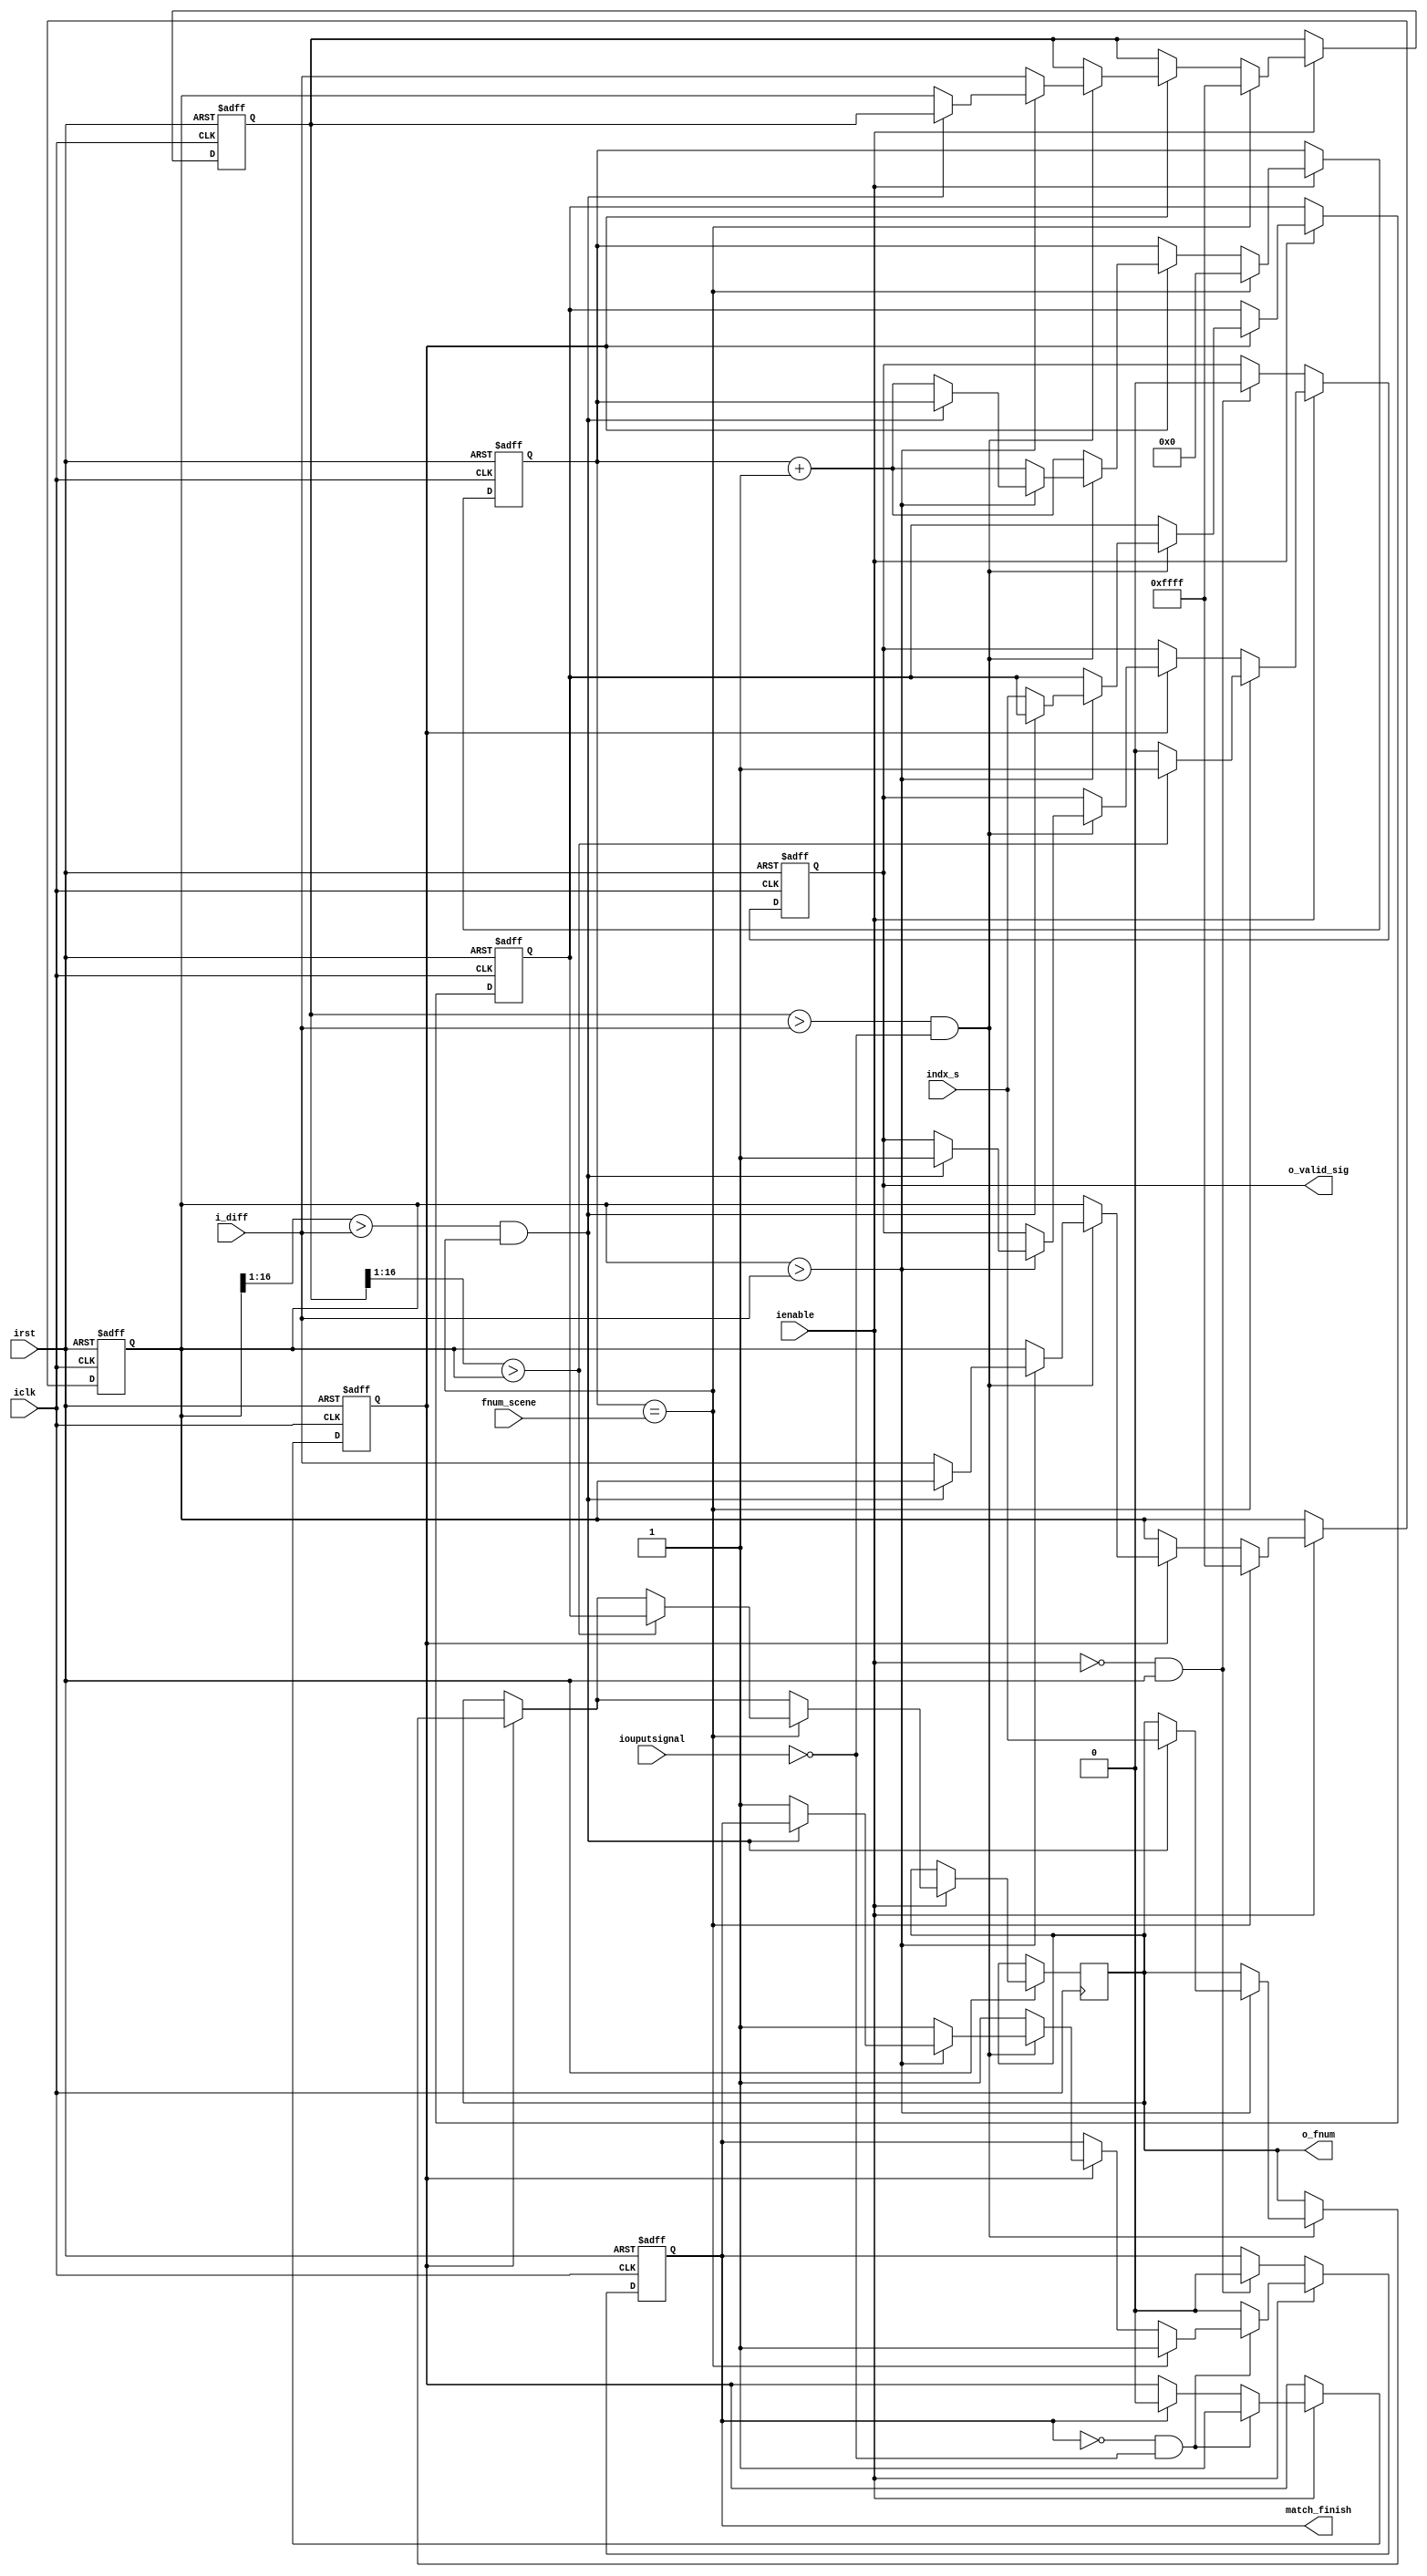
module Compare (
	input 				iclk,
	input 				irst,
	input					ienable,
	input					iouputsignal,
	input   	[16:0] i_diff,
	input				[9:0] indx_s,
	input 			[10:0] fnum_scene,
	output 				[9:0] o_fnum,
	output				o_valid_sig,
	output				match_finish
);

reg [16:0]  comp, comp_sec; 
reg [9:0]  feature_num, o_f_idx;
reg			ovalid;

//register for a counter
reg [9:0] fnum_count;

//register for complete signal
reg complete_sig;
reg complete_en; 

//test in modelsim
always @ (posedge iclk or negedge irst) begin
	if (!irst) begin
		comp <= 17'hFFFF;
		comp_sec <= 17'hFFFF;
		feature_num <= 0;
		ovalid <= 0;
		complete_sig <= 1'b0;
		complete_en <= 1'b1;
		fnum_count <= 0;
	end
  
	else if (ienable) begin
		if(complete_en) begin
			if((comp_sec > i_diff) && !iouputsignal) begin
				if(comp > i_diff) begin
					if (((comp>>1) > i_diff) && (fnum_count == fnum_scene)) begin
						o_f_idx <= indx_s;
						ovalid <= 1;
					end
					else begin
						comp <= i_diff;
						comp_sec <= comp;
						feature_num <= indx_s;
						complete_sig <= 1'b1;
						fnum_count <= fnum_count + 1;
					end
				end
				else begin
					comp_sec <= i_diff;
					complete_sig <= 1'b1;
					fnum_count <= fnum_count + 1;
				end
			end
			else begin
				complete_sig <= 1'b1;
				fnum_count <= fnum_count + 1;
			end
		end
		
		if(fnum_count == fnum_scene) begin
			if( (comp_sec>>1) > comp ) begin	//feature is matched
				ovalid <= 1;
				complete_sig <= 1'b1;
				o_f_idx <= feature_num;
				comp <= 17'hFFFF;
				comp_sec <= 17'hFFFF;
				fnum_count <= 0;
			end
			else begin		//feature is NOT matched
				ovalid <= 0;
				complete_sig <= 1'b1;
				comp <= 17'hFFFF;
				comp_sec <= 17'hFFFF;
				fnum_count <= 0;
			end
		end
		
		//verify whether it is able to match another feature
		if (!complete_sig && !iouputsignal) begin
			complete_en <= 1'b1;
		end
		else if (complete_sig) begin
			complete_en <= 1'b0;
			complete_sig <= 1'b0;
		end
		else begin
			complete_sig <= 1'b0;
		end
	end
	else if (!ienable && irst) begin
		ovalid <= 0;
		complete_sig <= 1'b0;
	end
end

assign o_valid_sig = ovalid;
//assign o_fnum = (ovalid)?(o_f_idx):0;
assign o_fnum = o_f_idx;
assign match_finish = complete_sig;

endmodule